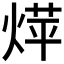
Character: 𮳰